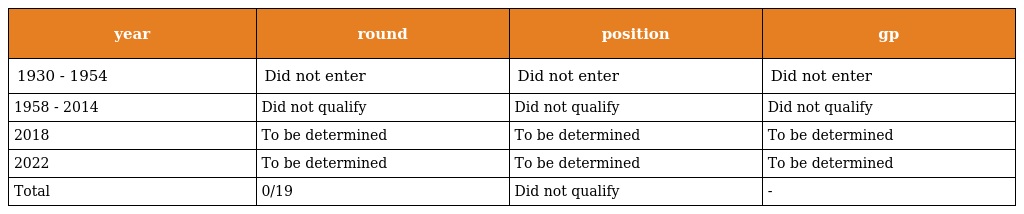
| year | round | position | gp |
 | --- | --- | --- | --- |
 | 1930 - 1954 | Did not enter | Did not enter | Did not enter |
 | 1958 - 2014 | Did not qualify | Did not qualify | Did not qualify |
 | 2018 | To be determined | To be determined | To be determined |
 | 2022 | To be determined | To be determined | To be determined |
 | Total | 0/19 | Did not qualify | - |